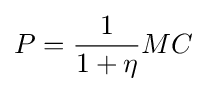
P={\frac {1}{1+\eta }}MC